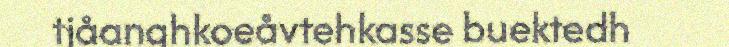
tjåanghkoeåvtehkasse buektedh